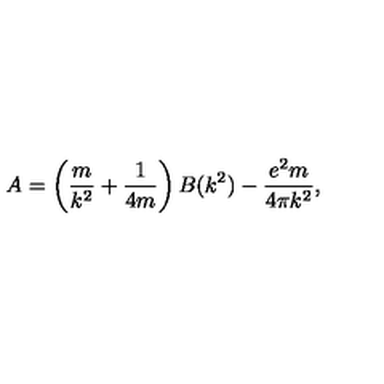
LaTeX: A = \left( \frac { m } { k ^ { 2 } } + \frac { 1 } { 4 m } \right) B ( k ^ { 2 } ) - \frac { e ^ { 2 } m } { 4 \pi k ^ { 2 } } , \,